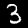
Digit: 3